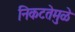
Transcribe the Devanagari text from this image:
निकटतेमुळे